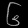
Digit: ၆